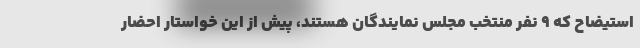
استیضاح که ۹ نفر منتخب مجلس نمایندگان هستند، پیش از این خواستار احضار